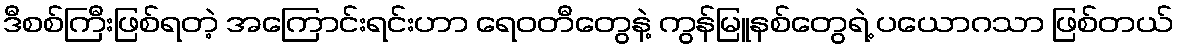
ဒီစစ်ကြီးဖြစ်ရတဲ့ အကြောင်းရင်းဟာ ရေဝတီတွေနဲ့ ကွန်မြူနစ်တွေရဲ့ ပယောဂသာ ဖြစ်တယ်